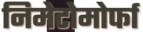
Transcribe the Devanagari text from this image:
निमेटोमोर्फा